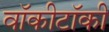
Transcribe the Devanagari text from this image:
वॉकीटॉकी